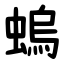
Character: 螐